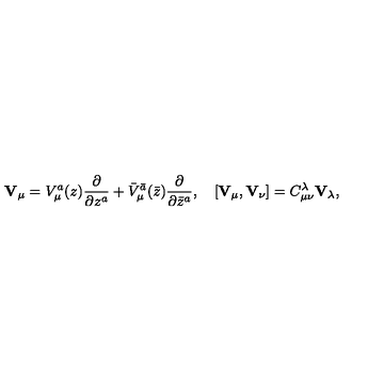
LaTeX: { \bf V } _ { \mu } = V _ { \mu } ^ { a } ( z ) \frac { \partial } { \partial z ^ { a } } + { \bar { V } } _ { \mu } ^ { \bar { a } } ( \bar { z } ) \frac { \partial } { \partial \bar { z } ^ { a } } , \quad [ { \bf V } _ { \mu } , { \bf V } _ { \nu } ] = C _ { \mu \nu } ^ { \lambda } { \bf V } _ { \lambda } ,